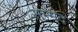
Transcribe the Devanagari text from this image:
सम्मद